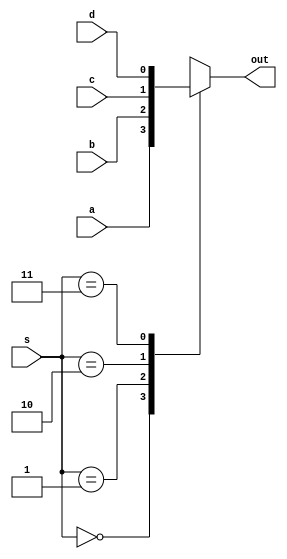
// PRACTICA 1 ESTRUCTURAS DE COMPUTADORES.
// OBJETIVO 1: Implementacin MUX 4:1

module mux4_1(output reg out, input wire a, b, c, d, input wire [1:0] s);

always @(a or b or c or d or s)                       
  case (s)              
    2'b00: out = a;
    2'b01: out = b;
    2'b10: out = c;
    2'b11: out = d;
    default: out = 'bx; 
                        
  endcase
  
endmodule